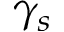
\gamma _ { s }